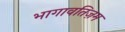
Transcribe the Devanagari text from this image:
भागावतिज़म